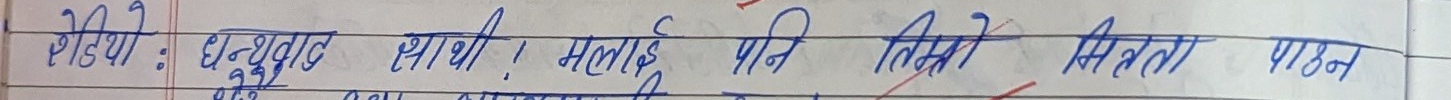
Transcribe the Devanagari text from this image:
रेडियो : धुप्रुक साथि ! मलाई पनि तिमी मित्रता पाउँन